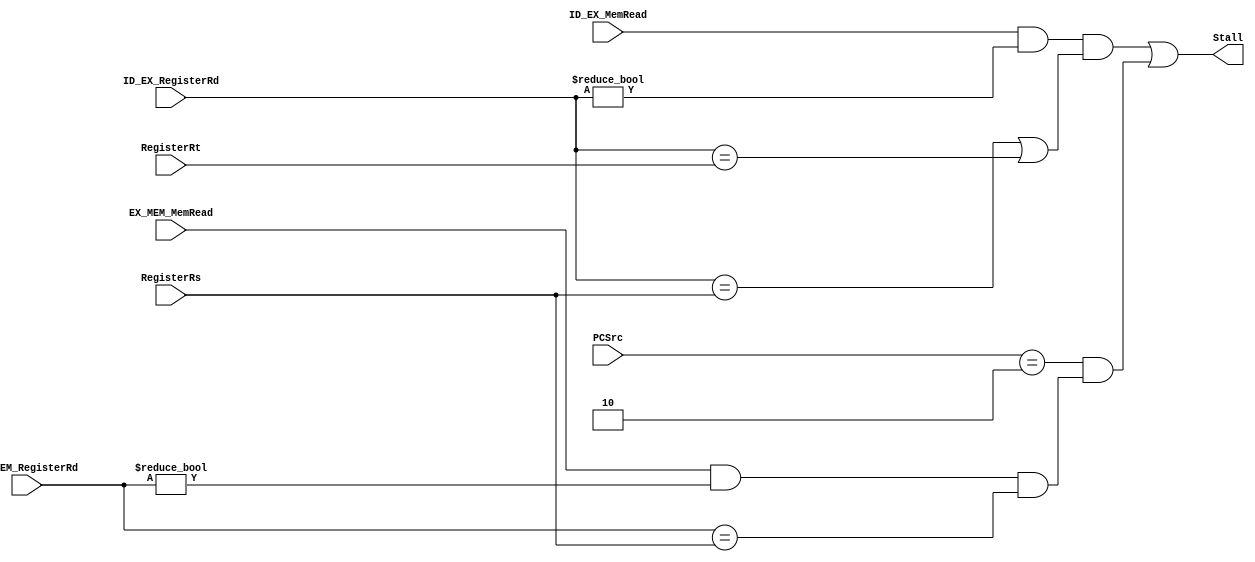
module HazardUnit(ID_EX_MemRead, EX_MEM_MemRead, RegisterRs, RegisterRt, ID_EX_RegisterRd, EX_MEM_RegisterRd, PCSrc, Stall);
	input ID_EX_MemRead;
	input EX_MEM_MemRead;
	input [4:0] RegisterRs;
	input [4:0] RegisterRt;
	input [4:0] ID_EX_RegisterRd;
	input [4:0] EX_MEM_RegisterRd;
	input [2:0] PCSrc;
	output Stall;
	
	wire EX_Stall, MEM_Stall; // EX_Stall for lw, and MEM_Stall for lw -> jr
	assign EX_Stall = ID_EX_MemRead && (ID_EX_RegisterRd != 0) && (ID_EX_RegisterRd == RegisterRs || ID_EX_RegisterRd == RegisterRt);
	assign MEM_Stall = EX_MEM_MemRead && (EX_MEM_RegisterRd != 0) && (EX_MEM_RegisterRd == RegisterRs);
	assign Stall =  EX_Stall || (PCSrc == 3'b010 && MEM_Stall);

endmodule